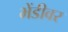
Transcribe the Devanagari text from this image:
भेंडीवर